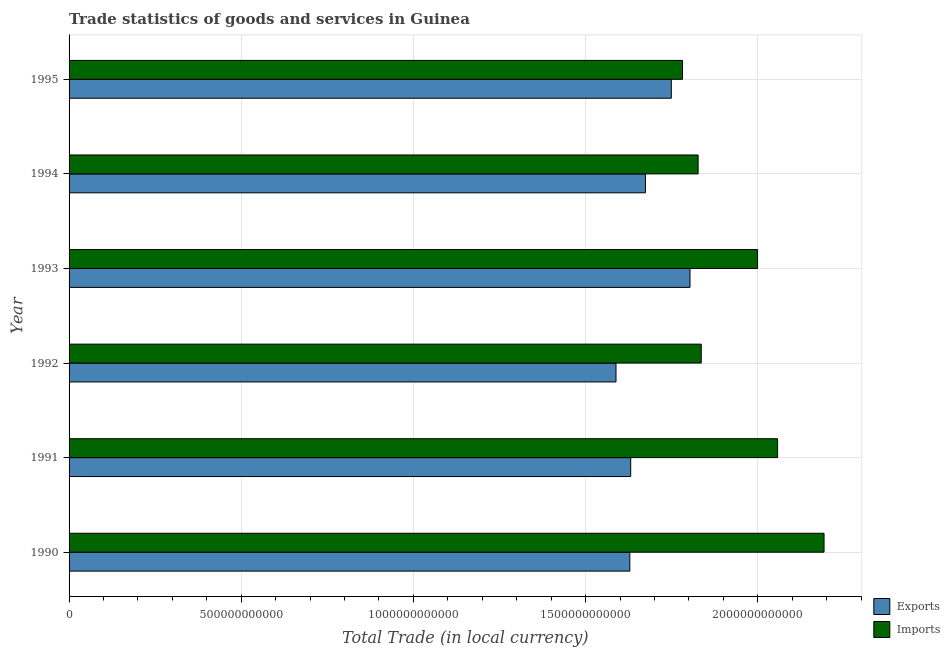
| Year | Exports | Imports |
 | --- | --- | --- |
 | 1990 | 1.63e+12 | 2.19e+12 |
 | 1991 | 1.63e+12 | 2.06e+12 |
 | 1992 | 1.59e+12 | 1.84e+12 |
 | 1993 | 1.8e+12 | 2e+12 |
 | 1994 | 1.67e+12 | 1.83e+12 |
 | 1995 | 1.75e+12 | 1.78e+12 |